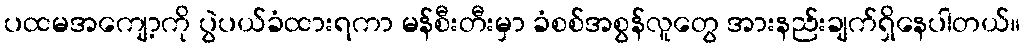
ပထမအကျော့ကို ပွဲပယ်ခံထားရကာ မန်စီးတီးမှာ ခံစစ်အစွန်လူတွေ အားနည်းချက်ရှိနေပါတယ်။